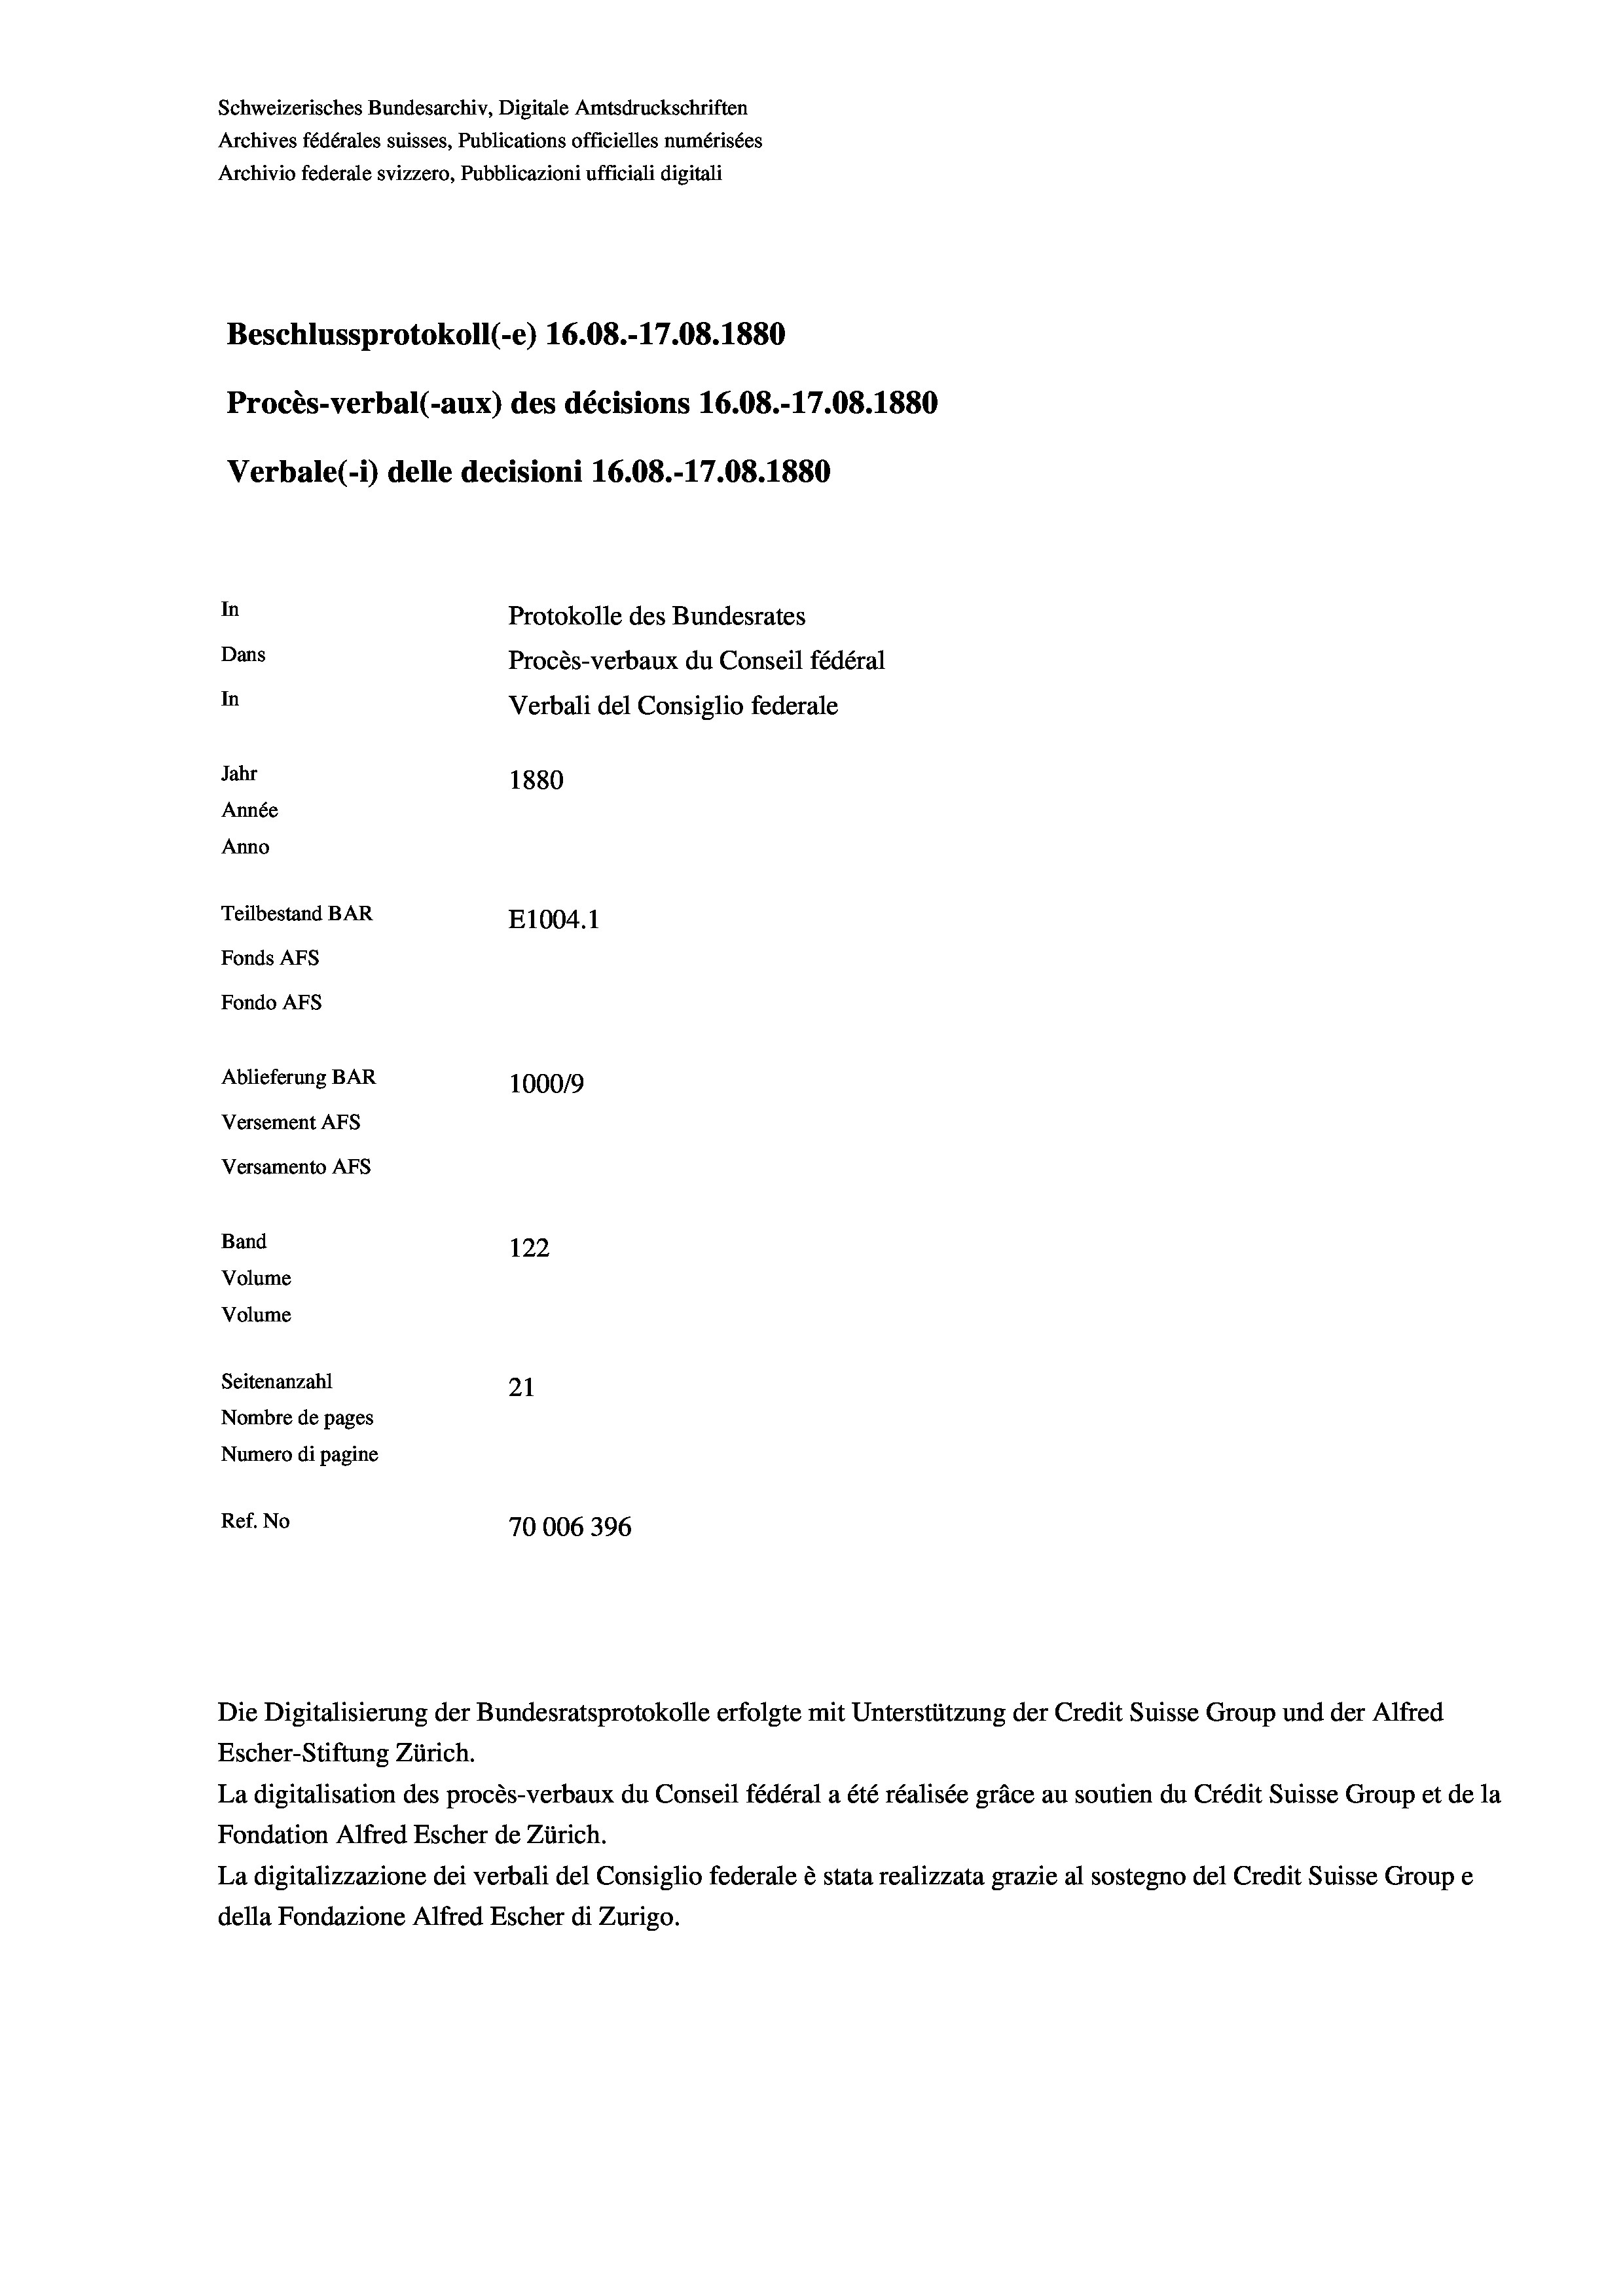
Schweizerisches Bundesarchiv, Digitale Amtsdruckschriften
Archives fédérales suisses, Publications officielles numérisées
Archivio federale svizzero, Pubblicazioni ufficiali digitali
Beschlussprotokoll (-e) 16.08.-17.08. 1880
Procès-verbal (-aux) des décisions 16.08.-17.08. 1880
Verbale (i) delle decisioni 16.08.-17.08. 1880
In
Protokolle des Bundesrates
Dans
Procès-verbaux du Conseil fédéral
In
Verbali del Consiglio federale
Jahr
1880
Année
Anno
Teilbestand BAR
E1004.1
Fonds AFs
Fondo AFs
Ablieferung BAR
100019
Versement AFs
Versamento Afs
Band
122
Volume
Volume
Seitenanzahl
21
Nombre de pages
Numero di pagine
Ref. No
70006396

Die Digitalisierung der Bundesratsprotokolle erfolgte mit Unterstützung der Credit Suisse Group und der Alfred

Escher-Stiftung Zürich.
La digitalisation des procès-verbaux du Conseil fédéral a été réalisée gräce au soutien du Crédit Suisse Group et de la
Fondation Alfred Escher de Zürich.
La digitalizzazione dei verbali del Consiglio federale è stata realizzata grazie al sostegno del Credit Suisse Groupe
della Fondazione Alfred Escher di Zurigo.